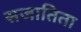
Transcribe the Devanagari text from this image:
सजातिता